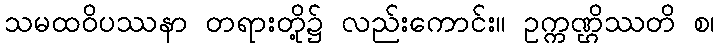
သမထဝိပဿနာ တရားတို့၌ လည်းကောင်း။ ဥက္ကဏ္ဌိဿတိ စ၊